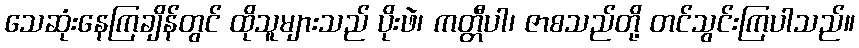
သေဆုံးနေကြချိန်တွင် ထိုသူများသည် ပိုးဖဲ၊ ကတ္တီပါ၊ ဇာစသည်တို့ တင်သွင်းကြပါသည်။